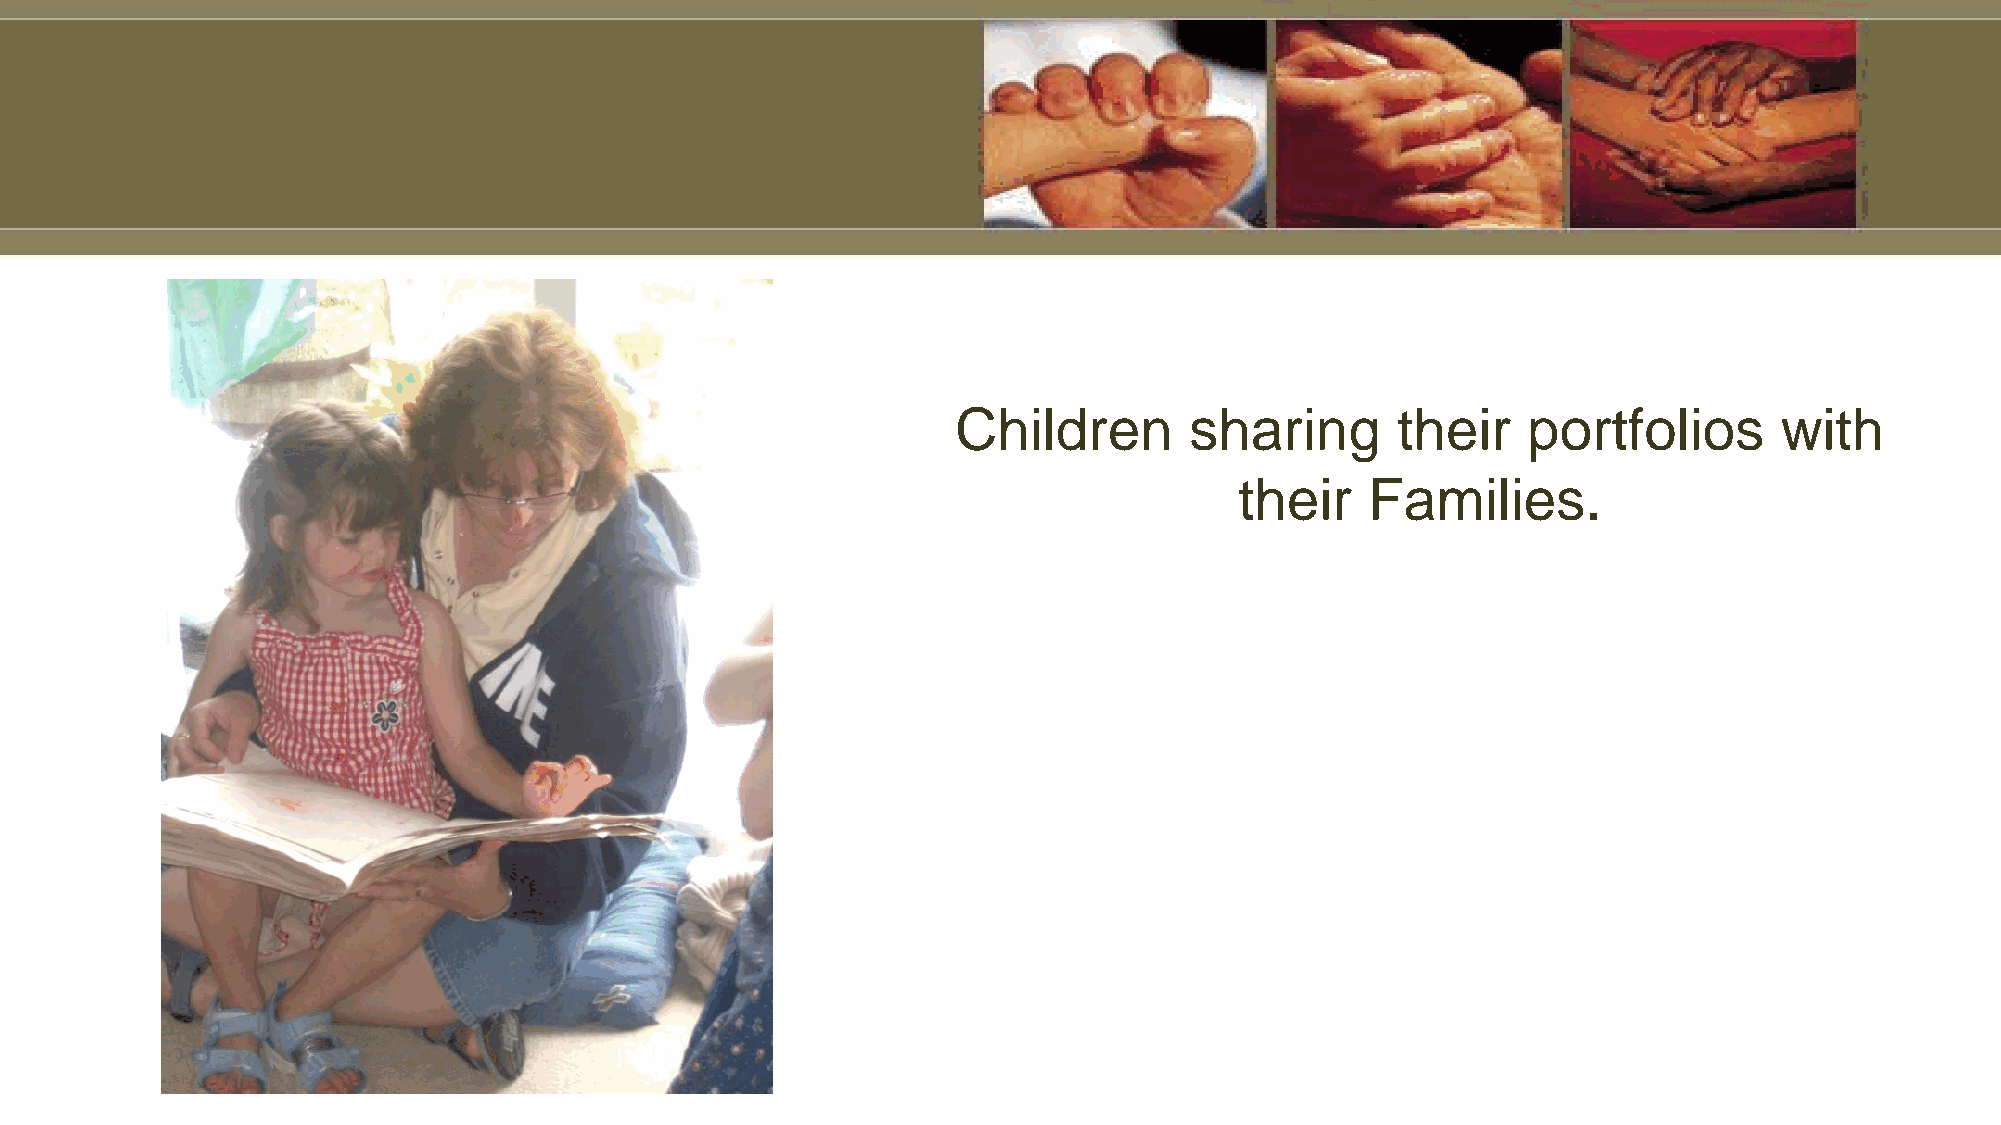
Children        sharing      their    portfolios       with
 their    Families.